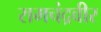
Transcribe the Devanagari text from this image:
रामचंद्रवीर